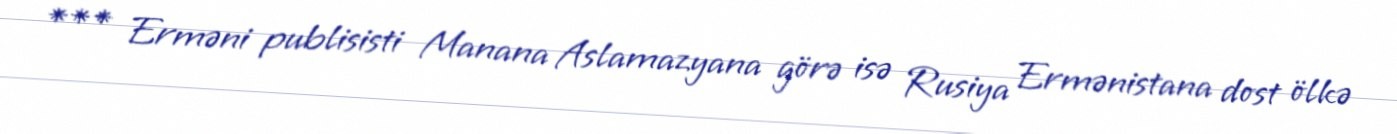
*** Erməni publisisti Manana Aslamazyana görə isə Rusiya Ermənistana dost ölkə